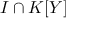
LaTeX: I \cap K [ Y ]